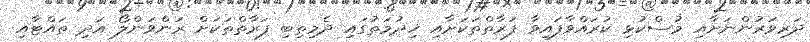
ދަރިވަރުންނަށާއި މުސްކުޅި ކުރައްވާފައިވާ ފަރާތްތަކަށާއި ޚިދުމަތުގައި ދެމިތިބި ފަރާތްތަކަށް ރަންވަންލޯ އަދި ތައްޓާއި